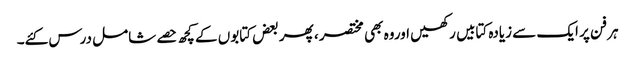
ہر فن پر ایک سے زیادہ کتابیں رکھیں اوروہ بھی مختصر ، پھر بعض کتابوں کے کچھ حصے شامل درس کئے۔